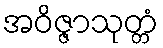
အဝိဇ္ဇာသုတ္တံ